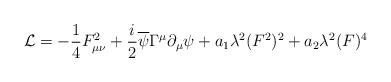
LaTeX: \begin{align*}{\cal L}=-{1\over 4}F_{\mu\nu}^2 +{i\over 2}\overline{\psi}\Gamma^{\mu}\partial_{\mu}\psi +a_1 \lambda^2 (F^2)^2 +a_2\lambda^2 (F)^4\end{align*}